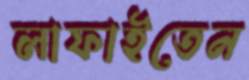
লাফাইতেন